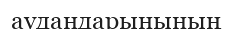
аудандарынының